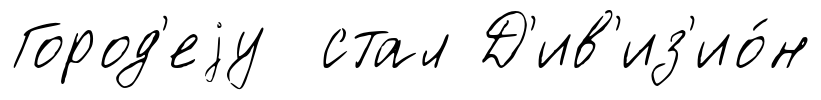
Город'еjу стал Д'ив'из'ио́н